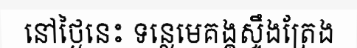
នៅថ្ងៃនេះ ទន្លេមេគង្គស្ទឹងត្រែង